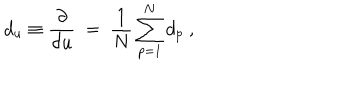
d _ { u } \equiv \frac { \partial } { \partial u } \ = \ \frac { 1 } { N } \sum _ { p = 1 } ^ { N } d _ { p } \ ,